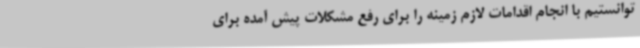
توانستیم با انجام اقدامات لازم زمینه را برای رفع مشکلات پیش آمده برای